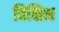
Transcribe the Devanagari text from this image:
विक्षिभ